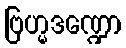
ဗြဟ္မဒဏ္ဍော